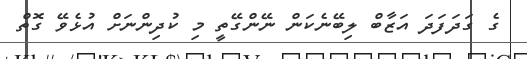
ގެ ގަދަފަދަ އަޒާބް ލިބޭނެކަން ނޭންގޭތީ މި ކުދިންނަށް އުޅެވޭ ގޮތް